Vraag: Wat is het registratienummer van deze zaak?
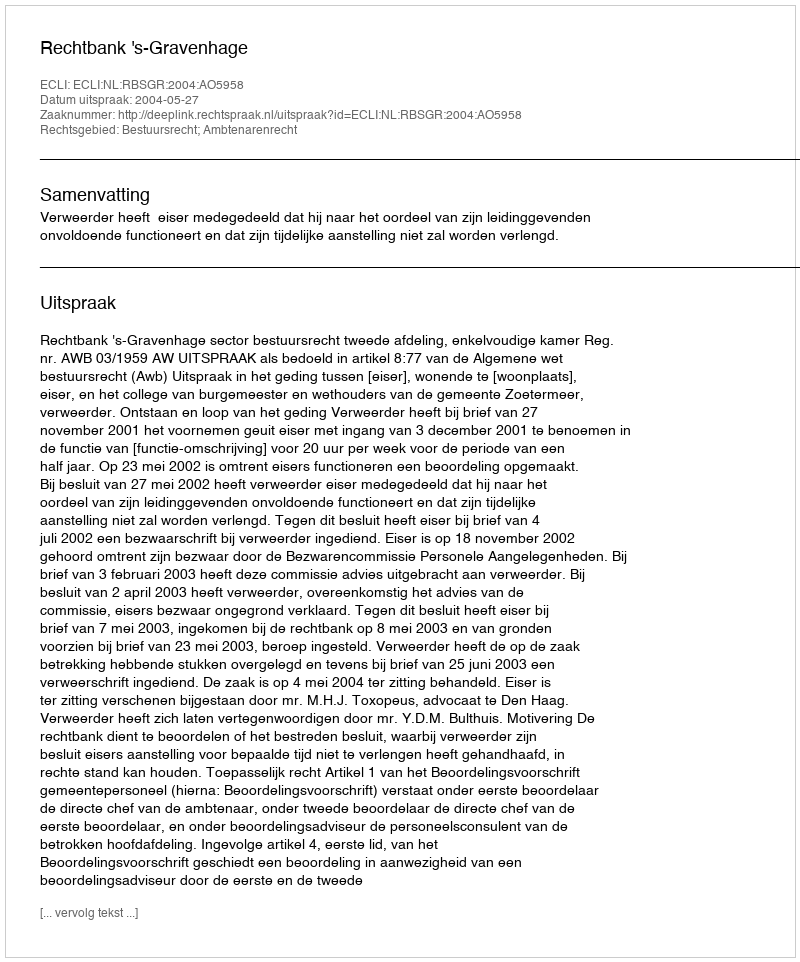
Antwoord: http://deeplink.rechtspraak.nl/uitspraak?id=ECLI:NL:RBSGR:2004:AO5958